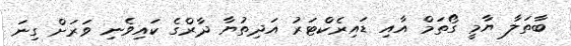
ބާތަލާ ޔާމީ ގޯތަމް އާއި ޑައިރެކްޓަރު އަދިތުޔާ ދާރްގެ ކައިވެނި ވަރަށް ގިނަ